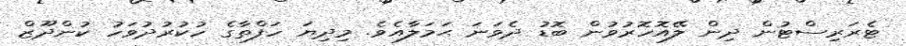
ޓެރަރިސްޓުން ދިން ލޭއޮހޮރުވުން ބޮޑު ދެވަނަ ޙަމަލާއެވެ. މިދިޔަ ހަފްތާގެ ހުކުރުދުވަހު ކުންދޫޒް